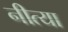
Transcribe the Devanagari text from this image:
नीत्या